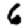
Digit: 6